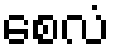
စေလံ